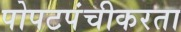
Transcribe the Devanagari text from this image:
पोपटपंचीकरता